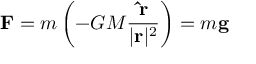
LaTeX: \mathbf { F } = m \left( - G M { \frac { \mathbf { \hat { r } } } { | \mathbf { r } | ^ { 2 } } } \right) = m \mathbf { g }